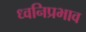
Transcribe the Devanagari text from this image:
ध्वनिप्रभाव